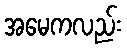
အမေကလည်း